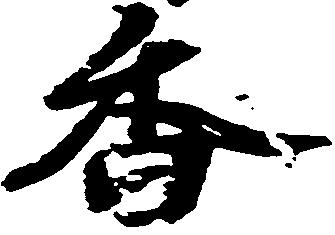
香